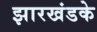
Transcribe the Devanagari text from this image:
झारखंडके